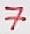
Text: 7